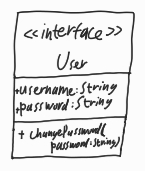
Diagram type: class_diagram
```plantuml
@startuml

interface User {
  + username: String
  + password: String
  + changePassword(password: String)
}

@enduml
```